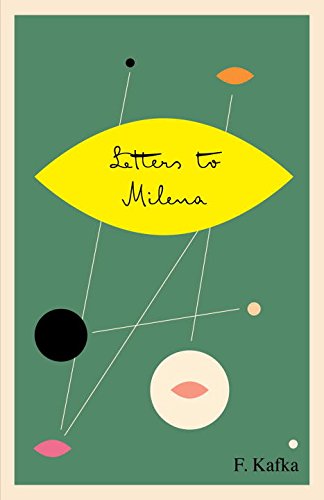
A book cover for Letters to Milena (The Schocken Kafka Library); Franz Kafka; Literature & Fiction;